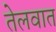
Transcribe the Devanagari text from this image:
तेलवात